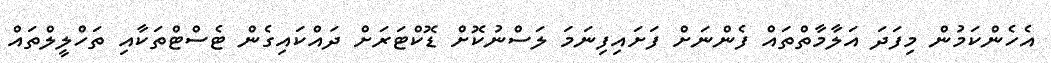
އެހެންކަމުން މިފަދަ އަލާމާތްތައް ފެންނަށް ފަށައިފިނަމަ ލަސްނުކޮށް ޑޮކްޓަރަށް ދައްކައިގެން ޓެސްޓްތަކާއި ތަހްލީލްތައް